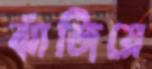
ঝাঁজিয়ে